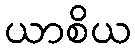
ယာစိယ